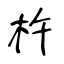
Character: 杵